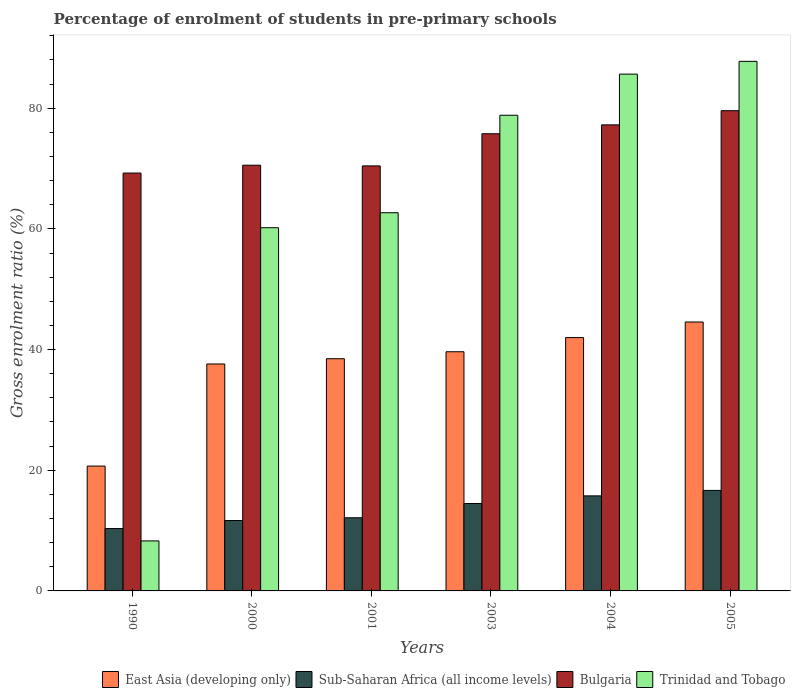
| Years | East Asia (developing only) | Sub-Saharan Africa (all income levels) | Bulgaria | Trinidad and Tobago |
 | --- | --- | --- | --- | --- |
 | 1990 | 20.7 | 10.3 | 69.3 | 8.29 |
 | 2000 | 37.6 | 11.7 | 70.6 | 60.2 |
 | 2001 | 38.5 | 12.1 | 70.4 | 62.7 |
 | 2003 | 39.6 | 14.5 | 75.8 | 78.8 |
 | 2004 | 42 | 15.8 | 77.2 | 85.6 |
 | 2005 | 44.6 | 16.7 | 79.6 | 87.8 |